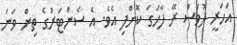
އަހަރީ ދުވަސް ރޭ ފާހަގަ ކޮށްފި އެވެ. އެ ސެންޓަރުގެ ތިން ވަނަ